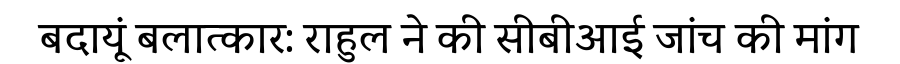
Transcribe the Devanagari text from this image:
बदायूं बलात्कार: राहुल ने की सीबीआई जांच की मांग